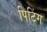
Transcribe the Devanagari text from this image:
पिटिंग